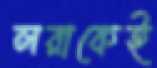
লরাকেই